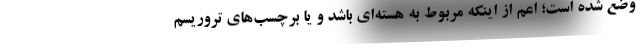
وضع شده است؛ اعم از اینکه مربوط به هسته‌ای باشد و یا برچسب‌های تروریسم